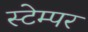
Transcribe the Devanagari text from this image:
स्टेम्पर